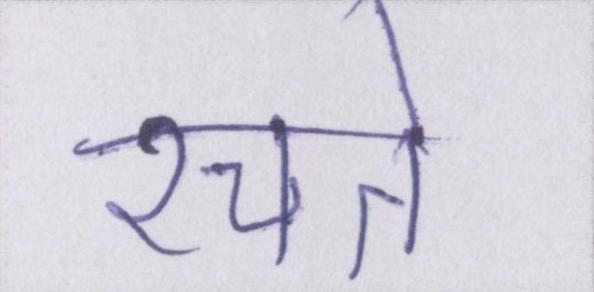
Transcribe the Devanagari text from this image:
रचते